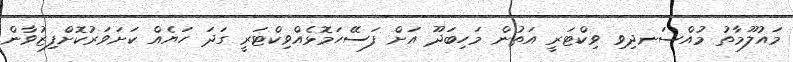
މައުލޫމާތު މުއްސަނދިވި ވިކްޓަރީ އަތުން މަހިބަދޫ އަށް ފަސޭހަމޮޅެއްވިކްޓަރީ ގަދަ ހަޔެއް ކަށަވަރުކޮށްފިޒުވާން